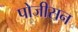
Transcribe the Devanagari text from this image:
पोजीसन